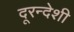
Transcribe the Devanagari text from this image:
दूरन्देशी